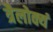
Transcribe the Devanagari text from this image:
त्रैलोक्यं